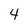
Character: 4